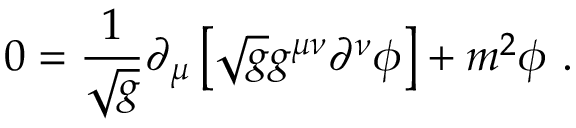
0 = { \frac { 1 } { \sqrt { g } } } \partial _ { \mu } \left[ \sqrt { g } g ^ { \mu \nu } \partial ^ { \nu } \phi \right] + m ^ { 2 } \phi \ .